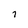
Character: 7